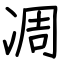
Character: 凋